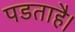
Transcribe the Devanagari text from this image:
पडताहै।